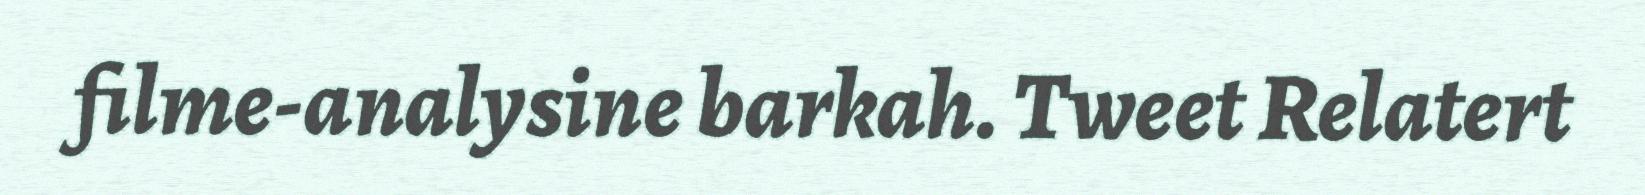
filme-analysine barkah. Tweet Relatert